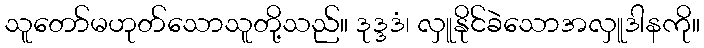
သူတော်မဟုတ်သောသူတို့သည်။ ဒုဒ္ဒဒံ၊ လှူနိုင်ခဲသောအလှူဒါနကို။